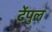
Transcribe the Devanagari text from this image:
टेंपुल